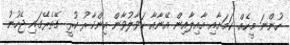
ހުންނަ މީހެއް ކަމަށާއި އާއިލާއިން އޭނާއާ ހަވާލުވާން އިންކާރު ކުރީ ގޭތެރޭގައި ޖެހުނު